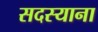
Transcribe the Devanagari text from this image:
सदस्याना